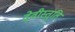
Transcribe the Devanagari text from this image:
देवीस्तुति